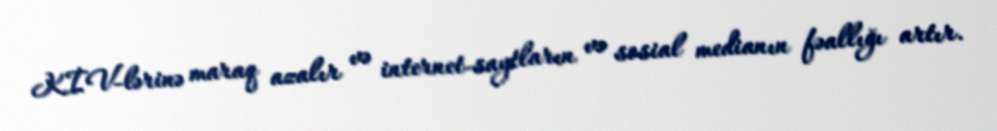
KİV-lərinə maraq azalır və internet-saytların və sosial medianın fəallığı artır.